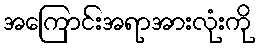
အကြောင်းအရာအားလုံးကို